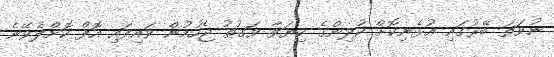
ނުވަތަ ބޭރުގައި އުޅެނިކޮށް ކުދިންގެ ކިޔަވާ ވަގުތު ޖެހުމުން ވައިފައި އޮފް ކޮށްލެވޭނެ